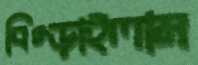
বিগ্‌ড়াইলাম